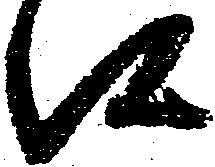
候